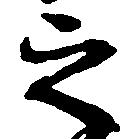
之